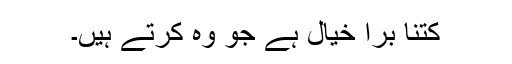
کتنا برا خیال ہے جو وہ کرتے ہیں۔